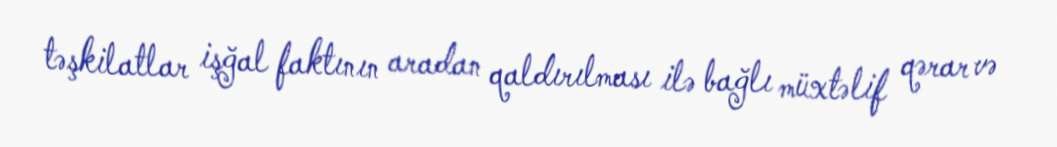
təşkilatlar işğal faktının aradan qaldırılması ilə bağlı müxtəlif qərar və